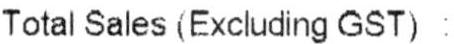
TOTAL SALES (EXCLUDING GST) :